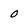
Character: 0